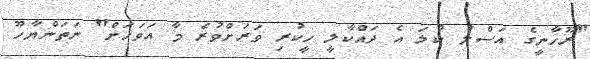
"ރޫހާނީގެ އަސްލު ކުލަ އެ ދައްކާލީ ހީކުރި ވަރަށްވުރެ މާ އަވަހަށް" ނަތަންޔާހޫ